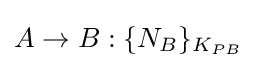
A\rightarrow B:\{N_{B}\}_{K_{PB}}